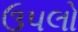
ઉપલો